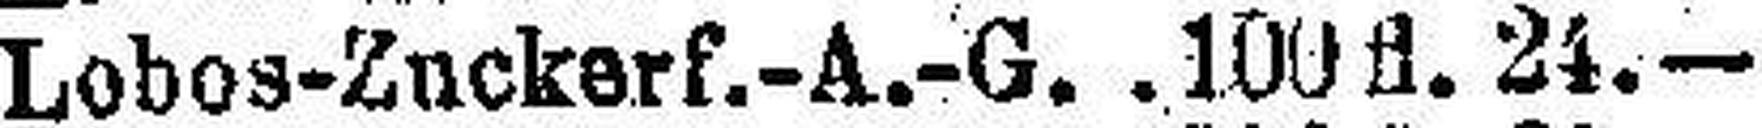
Lobos-Zuckerf.-A.-G. 100 fl. 24.—